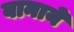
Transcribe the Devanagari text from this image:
बानाये